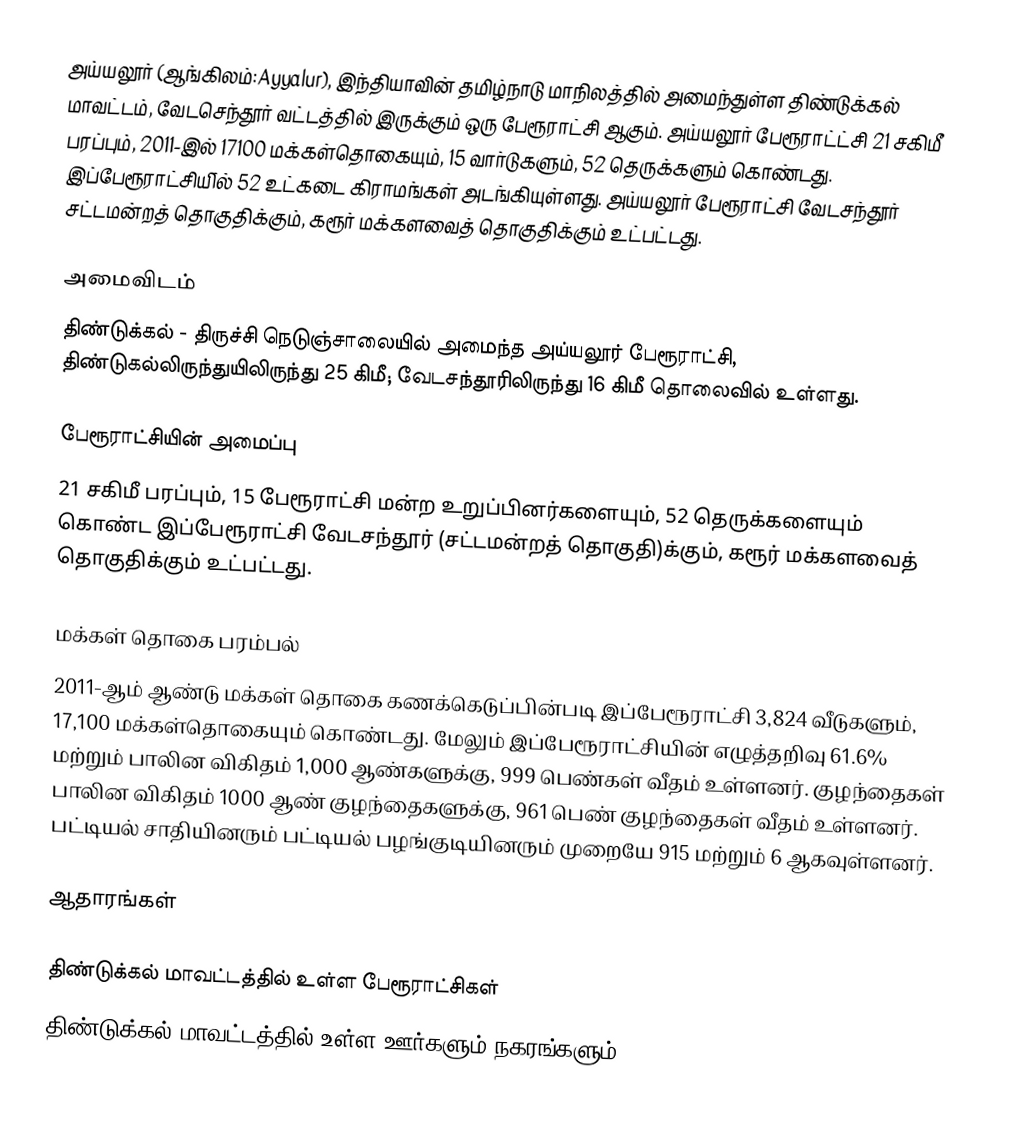
அய்யலூர் (ஆங்கிலம்:Ayyalur), இந்தியாவின் தமிழ்நாடு மாநிலத்தில் அமைந்துள்ள திண்டுக்கல் மாவட்டம்,  வேடசெந்தூர் வட்டத்தில் இருக்கும் ஒரு பேரூராட்சி ஆகும். அய்யலூர் பேரூராட்ட்சி 21 சகிமீ பரப்பும், 2011-இல் 17100 மக்கள்தொகையும், 15 வார்டுகளும், 52 தெருக்களும் கொண்டது.  இப்பேரூராட்சியி்ல் 52 உட்கடை கிராமங்கள் அடங்கியுள்ளது. அய்யலூர் பேரூராட்சி வேடசந்தூர் சட்டமன்றத் தொகுதிக்கும், கரூர் மக்களவைத் தொகுதிக்கும் உட்பட்டது.

அமைவிடம்
திண்டுக்கல் - திருச்சி நெடுஞ்சாலையில் அமைந்த அய்யலூர் பேரூராட்சி, திண்டுகல்லிருந்துயிலிருந்து 25 கிமீ; வேடசந்தூரிலிருந்து 16 கிமீ தொலைவில் உள்ளது.

பேரூராட்சியின் அமைப்பு
21 சகிமீ பரப்பும், 15 பேரூராட்சி மன்ற உறுப்பினர்களையும், 52 தெருக்களையும் கொண்ட  இப்பேரூராட்சி வேடசந்தூர் (சட்டமன்றத் தொகுதி)க்கும், கரூர் மக்களவைத் தொகுதிக்கும் உட்பட்டது.

மக்கள் தொகை பரம்பல்
2011-ஆம் ஆண்டு மக்கள் தொகை கணக்கெடுப்பின்படி இப்பேரூராட்சி  3,824 வீடுகளும், 17,100 மக்கள்தொகையும் கொண்டது. மேலும் இப்பேரூராட்சியின் எழுத்தறிவு  61.6% மற்றும்  பாலின விகிதம் 1,000 ஆண்களுக்கு,  999 பெண்கள் வீதம் உள்ளனர். குழந்தைகள் பாலின விகிதம் 1000 ஆண் குழந்தைகளுக்கு,  961 பெண் குழந்தைகள் வீதம் உள்ளனர்.  பட்டியல் சாதியினரும் பட்டியல் பழங்குடியினரும்  முறையே 915 மற்றும் 6 ஆகவுள்ளனர்.

ஆதாரங்கள்

திண்டுக்கல் மாவட்டத்தில் உள்ள பேரூராட்சிகள்
திண்டுக்கல் மாவட்டத்தில் உள்ள ஊர்களும் நகரங்களும்